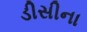
ડીસીના